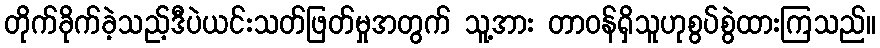
တိုက်ခိုက်ခဲ့သည့်ဒီပဲယင်းသတ်ဖြတ်မှုအတွက် သူ့အား တာဝန်ရှိသူဟုစွပ်စွဲထားကြသည်။